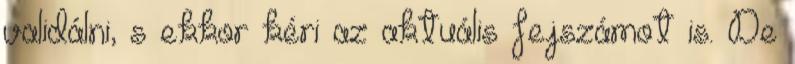
validálni, s ekkor kéri az aktuális fejszámot is. De